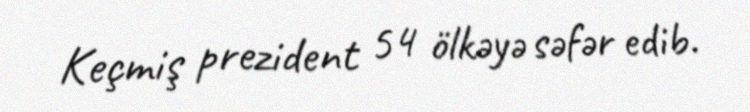
Keçmiş prezident 54 ölkəyə səfər edib.